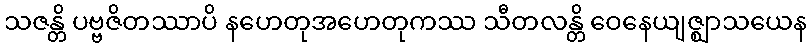
သဇန္တိ ပဗ္ဗဇိတဿာပိ နဟေတုအဟေတုကဿ သီတလန္တိ ဝေနေယျဇ္ဈာသယေန